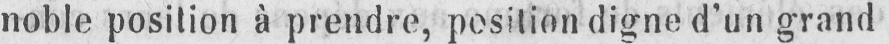
noble position à prendre, position digne d’un grand